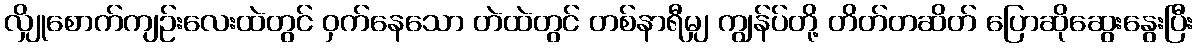
လျှိုစောက်ကျဉ်းလေးထဲတွင် ဝှက်နေသော တဲထဲတွင် တစ်နာရီမျှ ကျွန်ပ်တို့ တိတ်တဆိတ် ပြောဆိုဆွေးနွေးပြီး